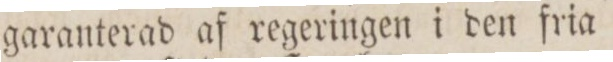
garanterad af regeringen i den fria